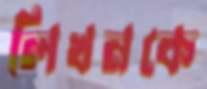
লিখনকে